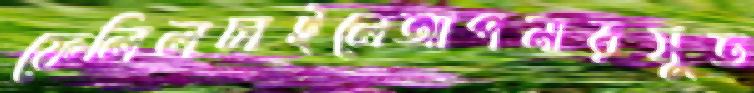
ফেলিলচাইলেআপনারসুত